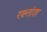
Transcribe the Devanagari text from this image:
रक्‍तांश